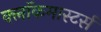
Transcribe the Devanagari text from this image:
क्लाॅकमास्टर्स